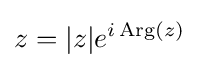
z=|z|e^{i\operatorname {Arg} (z)}